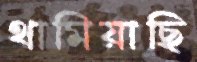
থামিয়াছি